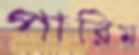
পারিম